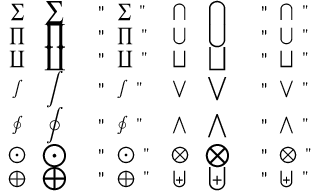
\begin{array} { c c l c c l } { \sum } & { \displaystyle \sum } & { \mathrm { ~ \verb ~ " ~ \sum ~ " ~ } } & { \bigcap } & { \displaystyle \bigcap } & { \mathrm { ~ \verb ~ " ~ \bigcap ~ " ~ } } \\ { \prod } & { \displaystyle \prod } & { \mathrm { ~ \verb ~ " ~ \prod ~ " ~ } } & { \bigcup } & { \displaystyle \bigcup } & { \mathrm { ~ \verb ~ " ~ \bigcup ~ " ~ } } \\ { \coprod } & { \displaystyle \coprod } & { \mathrm { ~ \verb ~ " ~ \coprod ~ " ~ } } & { \bigsqcup } & { \displaystyle \bigsqcup } & { \mathrm { ~ \verb ~ " ~ \bigsqcup ~ " ~ } } \\ { \int } & { \displaystyle \int } & { \mathrm { ~ \verb ~ " ~ \int ~ " ~ } } & { \bigvee } & { \displaystyle \bigvee } & { \mathrm { ~ \verb ~ " ~ \bigvee ~ " ~ } } \\ { \oint } & { \displaystyle \oint } & { \mathrm { ~ \verb ~ " ~ \oint ~ " ~ } } & { \bigwedge } & { \displaystyle \bigwedge } & { \mathrm { ~ \verb ~ " ~ \bigwedge ~ " ~ } } \\ { \bigodot } & { \displaystyle \bigodot } & { \mathrm { ~ \verb ~ " ~ \bigodot ~ " ~ } } & { \bigotimes } & { \displaystyle \bigotimes } & { \mathrm { ~ \verb ~ " ~ \bigotimes ~ " ~ } } \\ { \bigoplus } & { \displaystyle \bigoplus } & { \mathrm { ~ \verb ~ " ~ \bigoplus ~ " ~ } } & { \biguplus } & { \displaystyle \biguplus } & { \mathrm { ~ \verb ~ " ~ \biguplus ~ " ~ } } \end{array}